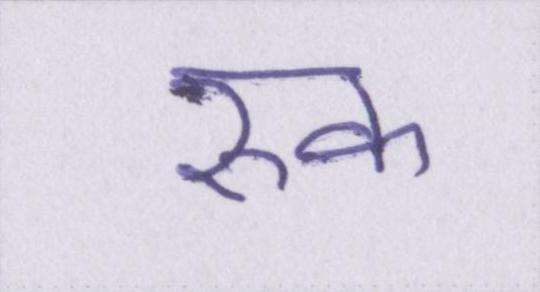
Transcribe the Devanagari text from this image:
रुक